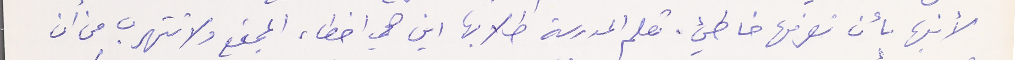
لأبنها بأن تصرفها خاطيئ. تعلم المدرسة طلابها اين هي اخطاء المجتمع ولا تتهرب من ان